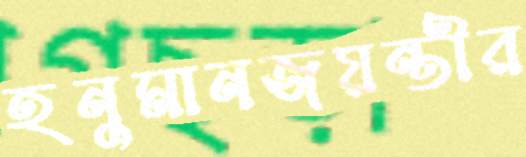
হনুমানজয়ন্তীর